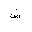
Letter: _shin